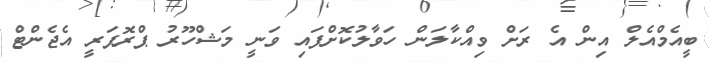
ބީއެމްއެލް އިން އެ ރަށް ވިއްކާލަން ހަވާލުކޮށްފައި ވަނީ މަޝްހޫރު ޕްރޮޕަރީ އެޖެންޓް